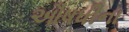
ઔષધીના